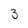
Character: 3